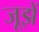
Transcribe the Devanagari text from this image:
जूझें